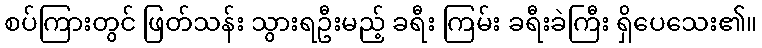
စပ်ကြားတွင် ဖြတ်သန်း သွားရဦးမည့် ခရီး ကြမ်း ခရီးခဲကြီး ရှိပေသေး၏။